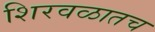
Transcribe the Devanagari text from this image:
शिरवळातच